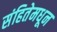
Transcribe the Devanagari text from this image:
संहितेमधून